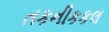
તકનીકકલ